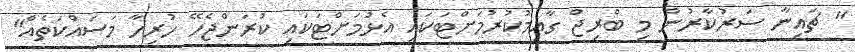
" ޗައިނާ ސަރުކާރުން މި ބްރިޖް ގާއިމުކުުރުމަށްޓަކައި އެޅުމަށްޓަކައި ކުރަންޖެހޭ ހުރިހާ މަސައްކަތެއް"